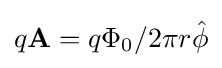
q\mathbf {A} =q\Phi _{0}/2\pi r{\hat {\phi }}